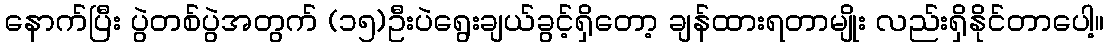
နောက်ပြီး ပွဲတစ်ပွဲအတွက် (၁၅)ဦးပဲရွေးချယ်ခွင့်ရှိတော့ ချန်ထားရတာမျိုး လည်းရှိနိုင်တာပေါ့။